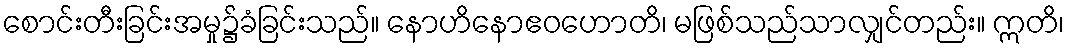
စောင်းတီးခြင်းအမှု၌ခံခြင်းသည်။ နောဟိနောဧဝဟောတိ၊ မဖြစ်သည်သာလျှင်တည်း။ ဣတိ၊